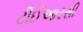
ટીઈઆરસી